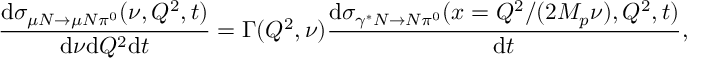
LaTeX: \frac { \mathrm { d } \sigma _ { \mu N \rightarrow \mu N \pi ^ { 0 } } ( \nu , Q ^ { 2 } , t ) } { \mathrm { d } \nu \mathrm { d } Q ^ { 2 } \mathrm { d } t } = \Gamma ( Q ^ { 2 } , \nu ) \frac { \mathrm { d } \sigma _ { \gamma ^ { * } N \rightarrow N \pi ^ { 0 } } ( x = Q ^ { 2 } / ( 2 M _ { p } \nu ) , Q ^ { 2 } , t ) } { \mathrm { d } t } ,